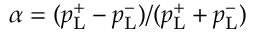
\alpha = ( p _ { \mathrm { L } } ^ { + } - p _ { \mathrm { L } } ^ { - } ) / ( p _ { \mathrm { L } } ^ { + } + p _ { \mathrm { L } } ^ { - } )